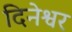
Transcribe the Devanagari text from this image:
दिनेश्वर